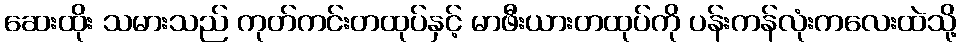
ဆေးထိုး သမားသည် ကုတ်ကင်းတထုပ်နှင့် မာဖီးယားတထုပ်ကို ပန်းကန်လုံးကလေးထဲသို့